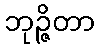
ဘုဉ္ဇိတာ